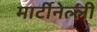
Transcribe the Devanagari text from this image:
मार्टीनेल्ली